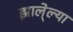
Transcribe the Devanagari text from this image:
झाले्ल्या